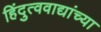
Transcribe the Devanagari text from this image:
हिंदुत्ववाद्यांच्या